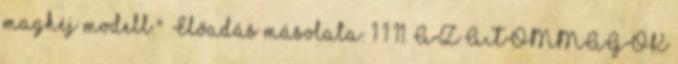
maghéj modell."— Előadás másolata: 1 1 11. AZ ATOMMAGOK